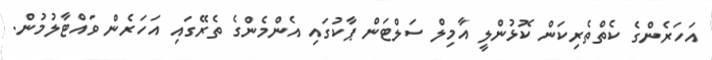
އަހަރެންގެ ކެތްތެރިކަން ކޮޅުންލީ އާމިލް ސަލްޓަން ޕާކުގައި އެންމެންގެ ތެރޭގައި އަހަރެން ވައްޓާލުމުން.